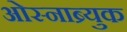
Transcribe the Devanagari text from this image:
ओस्नाब्र्युक